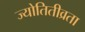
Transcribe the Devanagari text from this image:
ज्योतितीव्रता